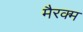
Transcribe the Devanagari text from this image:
मैरक्म